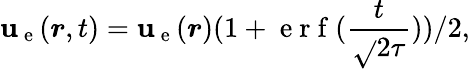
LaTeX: \boldsymbol{\mathbf{u}}_{\mathrm{{~e~}}}(\boldsymbol{r},t)=\boldsymbol{\mathbf{u}}_{\mathrm{{~e~}}}(\boldsymbol{r})(1+\mathrm{{~e~r~f~}}(\frac{{t}}{{\sqrt{}{{2}}\tau}}))/2,